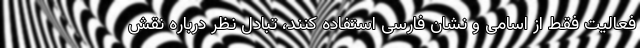
فعالیت فقط از اسامی و نشان فارسی استفاده کنند، تبادل نظر درباره نقش